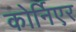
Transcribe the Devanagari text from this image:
कोर्निएर